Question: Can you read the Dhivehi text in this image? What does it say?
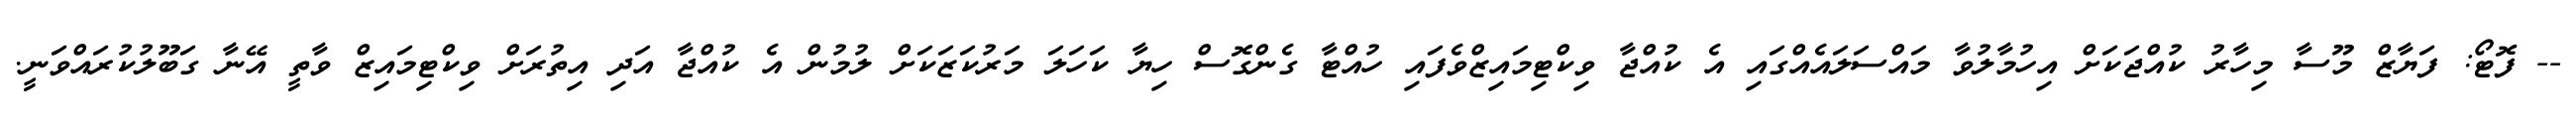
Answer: -- ފޮޓޯ: ފަޔާޒް މޫސާ މިހާރު ކުއްޖަކަށް އިހުމާލުވާ މައްސަލައެއްގައި އެ ކުއްޖާ ވިކްޓިމައިޒްވެފައި ހުއްޓާ ގެންގޮސް ހިޔާ ކަހަލަ މަރުކަޒަކަށް ލުމުން އެ ކުއްޖާ އަދި އިތުރަށް ވިކްޓިމައިޒް ވާތީ އޭނާ ގަބޫލުކުރައްވަނީ.